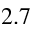
2 . 7